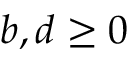
b , d \geq 0